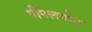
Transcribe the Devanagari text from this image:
पीपलगोन